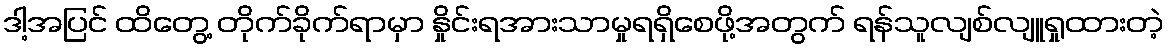
ဒါ့အပြင် ထိတွေ့ တိုက်ခိုက်ရာမှာ နှိုင်းရအားသာမှုရရှိစေဖို့အတွက် ရန်သူလျစ်လျူရှုထားတဲ့